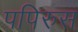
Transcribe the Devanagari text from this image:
पपिरुस